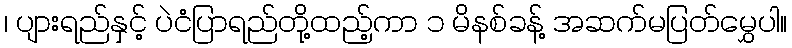
၊ ပျားရည်နှင့် ပဲငံပြာရည်တို့ထည့်ကာ ၁ မိနစ်ခန့် အဆက်မပြတ်မွှေပါ။